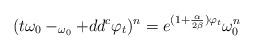
LaTeX: \begin{align*}(t\omega_{0}-_{\omega_{0}}+ dd^c\varphi_t)^{n}=e^{(1+\frac{\alpha}{2\beta})\varphi_t}\omega_{0}^{n}\end{align*}